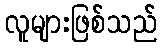
လူများဖြစ်သည်